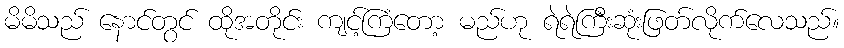
မိမိသည် နောင်တွင် ထိုအတိုင်း ကျင့်ကြံတော့ မည်ဟု ရဲရဲကြီးဆုံးဖြတ်လိုက်လေသည်။